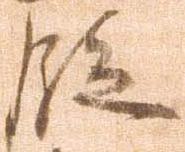
段